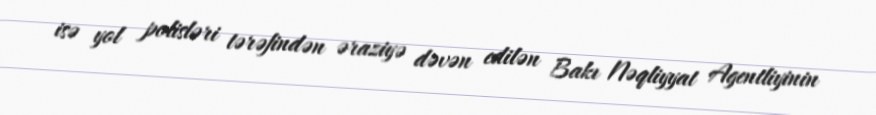
isə yol polisləri tərəfindən əraziyə dəvən edilən Bakı Nəqliyyat Agentliyinin